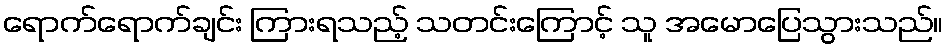
ရောက်ရောက်ချင်း ကြားရသည့် သတင်းကြောင့် သူ အမောပြေသွားသည်။